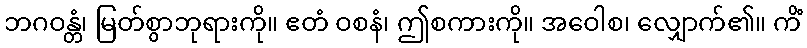
ဘဂဝန္တံ၊ မြတ်စွာဘုရားကို။ ဧတံ ဝစနံ၊ ဤစကားကို။ အဝေါစ၊ လျှောက်၏။ ကိံ